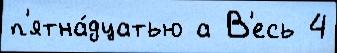
п'ятна́дцатью а В'есь 4